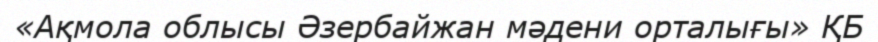
«Ақмола облысы Әзербайжан мәдени орталығы» ҚБ